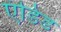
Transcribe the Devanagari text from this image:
एंडिड